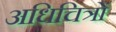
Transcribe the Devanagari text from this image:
अधिचित्रों